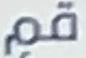
قم